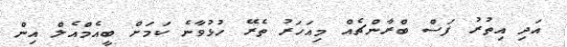
އަދި އިތުރު ފަސް ބްރާންޗެއް މިއަހަރު ތެރޭ ހުޅުވާނެ ކަމަށް ބީއެމްއެލް އިން